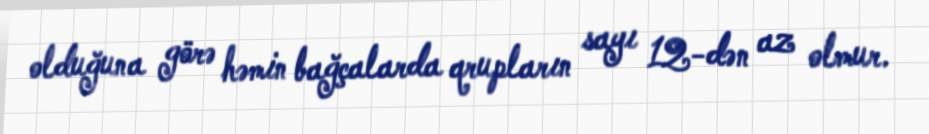
olduğuna görə həmin bağçalarda qrupların sayı 12-dən az olmur.